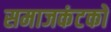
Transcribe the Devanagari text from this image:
समाजकंटकों